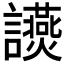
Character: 𧮃